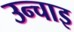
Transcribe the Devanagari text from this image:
उन्चाइ